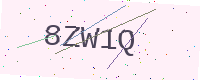
Text: 8ZW1Q